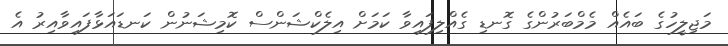
މަޖިލީހުގެ ބައެއް މެމްބަރުންގެ ގޮނޑި ގެއްލިފައިވާ ކަމަށް އިލެކްޝަންސް ކޮމިޝަނުން ކަނޑައަޅާފައިވާއިރު އެ